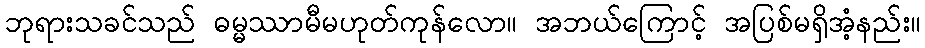
ဘုရားသခင်သည် ဓမ္မဿာမီမဟုတ်ကုန်လော။ အဘယ်ကြောင့် အပြစ်မရှိအံ့နည်း။